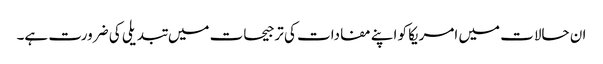
ان حالات میں امریکا کو اپنے مفادات کی ترجیحات میں تبدیلی کی ضرورت ہے۔